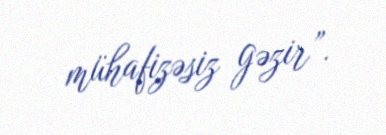
mühafizəsiz gəzir”.